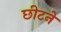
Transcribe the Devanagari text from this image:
छीटने